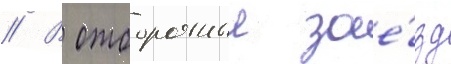
// В отборочныи зае́зд